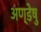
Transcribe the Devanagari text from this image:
अण्डेषु